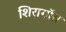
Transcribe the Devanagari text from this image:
शिरागॉत